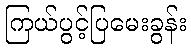
ကြယ်ပွင့်ပြမေးခွန်း